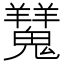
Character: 𩴨